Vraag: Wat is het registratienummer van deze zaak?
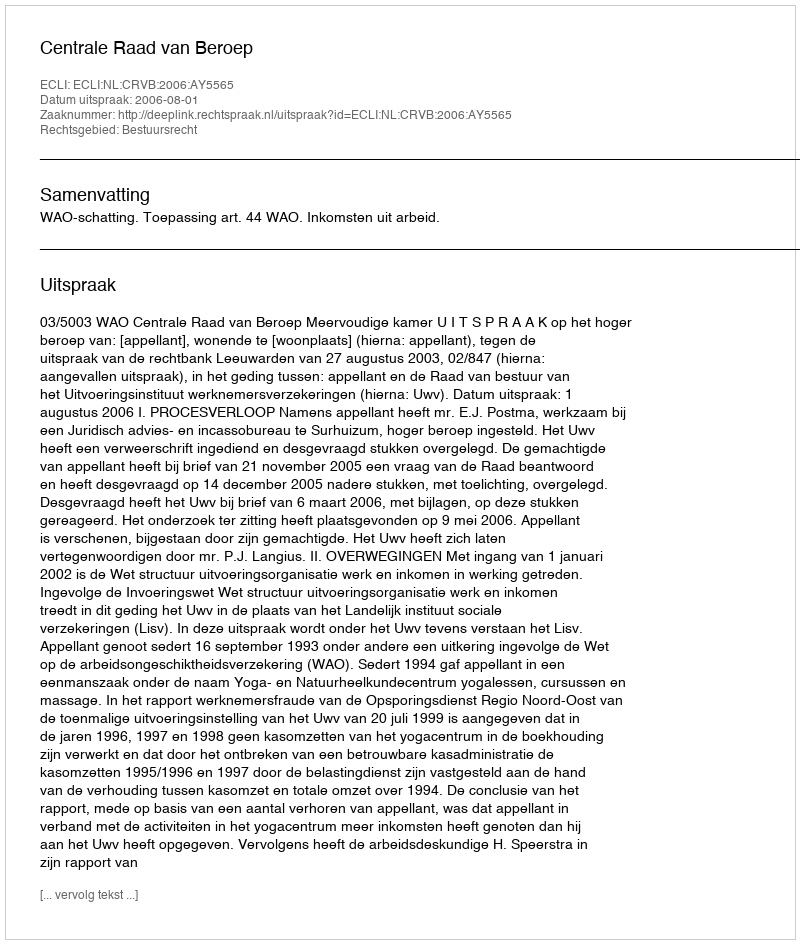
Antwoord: http://deeplink.rechtspraak.nl/uitspraak?id=ECLI:NL:CRVB:2006:AY5565